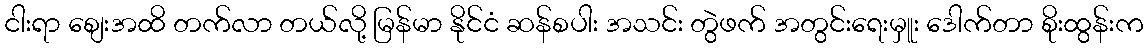
ငါးရာ စျေးအထိ တက်လာ တယ်လို့ မြန်မာ နိုင်ငံ ဆန်စပါး အသင်း တွဲဖက် အတွင်းရေးမှူး ဒေါက်တာ စိုးထွန်းက